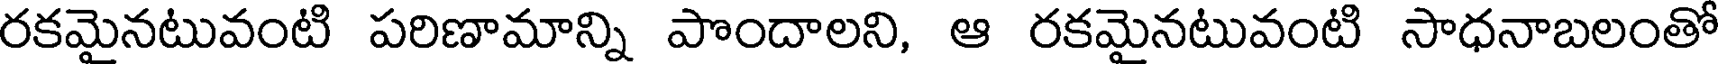
రకమైనటువంటి పరిణామాన్ని పొందాలని, ఆ రకమైనటువంటి సాధనాబలంతో